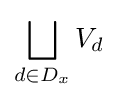
\displaystyle \bigsqcup _{d\in D_{x}}V_{d}